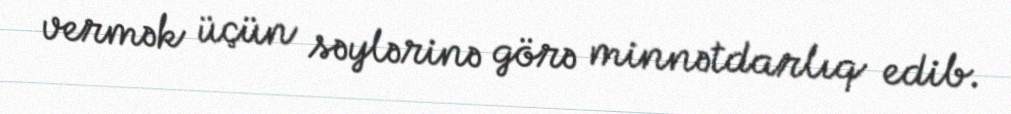
vermək üçün səylərinə görə minnətdarlıq edib.